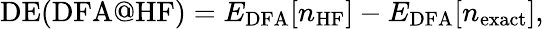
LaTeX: \mathrm{DE(DFA@HF)}=E_{\mathrm{DFA}}[n_{\mathrm{HF}}]-E_{\mathrm{DFA}}[n_{\mathrm{exact}}],